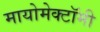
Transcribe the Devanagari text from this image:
मायोमेक्टॉमी